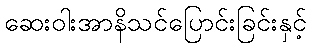
ဆေးဝါးအာနိသင်ပြောင်းခြင်းနှင့်